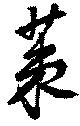
茦